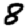
Digit: 8